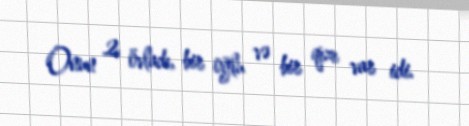
Onun 2 övladı, bir oğlu və bir qızı var idi.